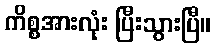
ကိစ္စအားလုံး ပြီးသွားပြီ။